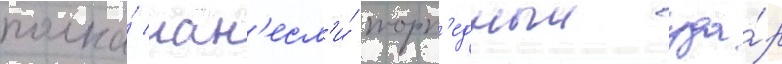
полка́ нан'есл'и́ торп'едныи уда́р